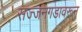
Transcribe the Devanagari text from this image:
सज्जनगडावरून